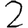
Digit: 2